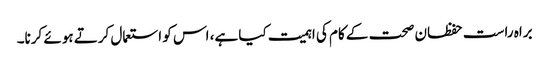
براہ راست حفظان صحت کے کام کی اہمیت کیا ہے، اس کو استعمال کرتے ہوئے کرنا۔